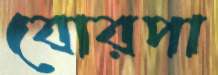
বোরপা